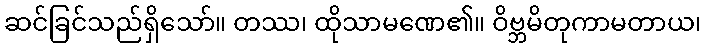
ဆင်ခြင်သည်ရှိသော်။ တဿ၊ ထိုသာမဏေ၏။ ဝိဗ္ဘမိတုကာမတာယ၊